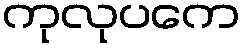
ကုလုပကေ